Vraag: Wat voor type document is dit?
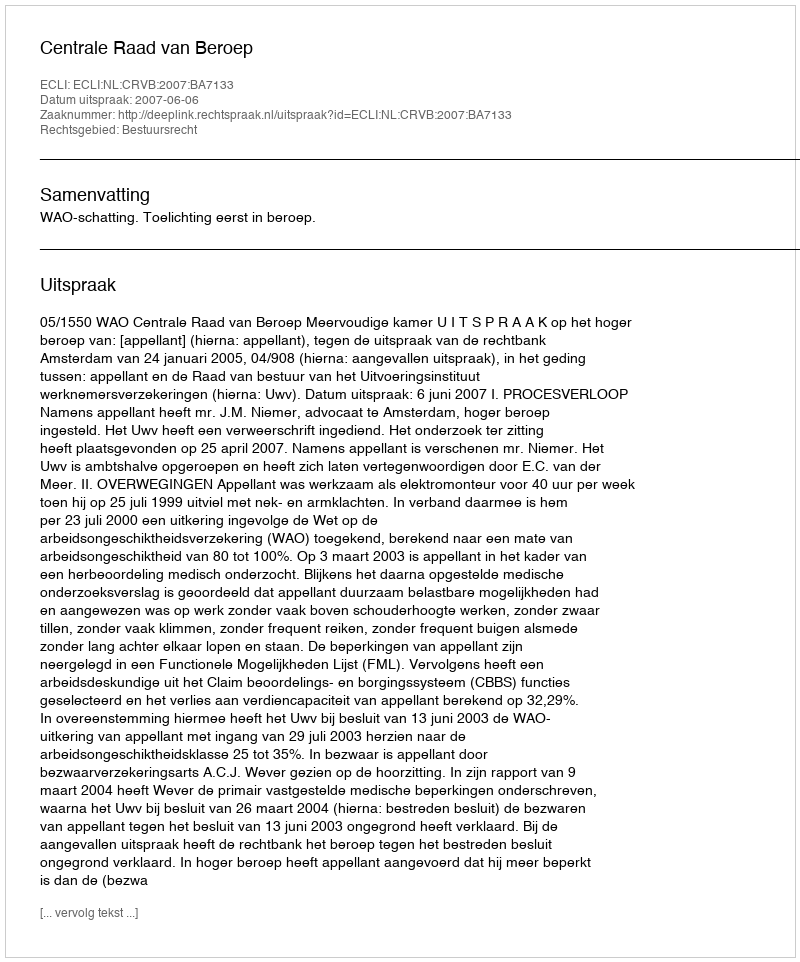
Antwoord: Uitspraak